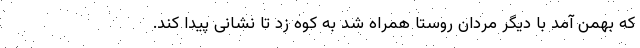
که بهمن آمد با دیگر مردان روستا همراه شد به کوه زد تا نشانی پیدا کند.